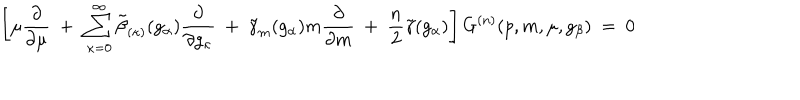
LaTeX: \left[ \mu \frac { \partial } { \partial \mu } ~ + ~ \sum _ { \kappa = 0 } ^ { \infty } \tilde { \beta } _ { ( \kappa ) } ( g _ { \alpha } ) \frac { \partial } { \partial g _ { \kappa } } ~ + ~ \tilde { \gamma } _ { m } ( g _ { \alpha } ) m \frac { \partial } { \partial m } ~ + ~ \frac { n } { 2 } \tilde { \gamma } ( g _ { \alpha } ) \right] G ^ { ( n ) } ( p , m , \mu , g _ { \beta } ) ~ = ~ 0